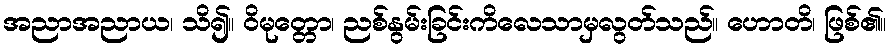
အညာအညာယ၊ သိ၍။ ဝိမုတ္တော၊ ညစ်နွမ်းခြင်းကိလေသာမှလွတ်သည်။ ဟောတိ၊ ဖြစ်၏။